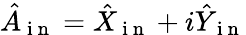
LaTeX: \hat{A}_{\mathrm{~i~n~}}=\hat{X}_{\mathrm{~i~n~}}+i\hat{Y}_{\mathrm{~i~n~}}